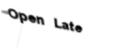
Open Late